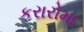
કરારોમા